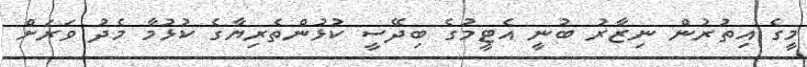
މީގެ އިތުރުން ނިޒާރު ބުނީ އެޓީމުގެ ބިދޭސީ ކުޅުންތެރިޔާގެ ކުޅުމާ މެދު ވަރަށް